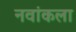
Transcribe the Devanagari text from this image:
नवांकला